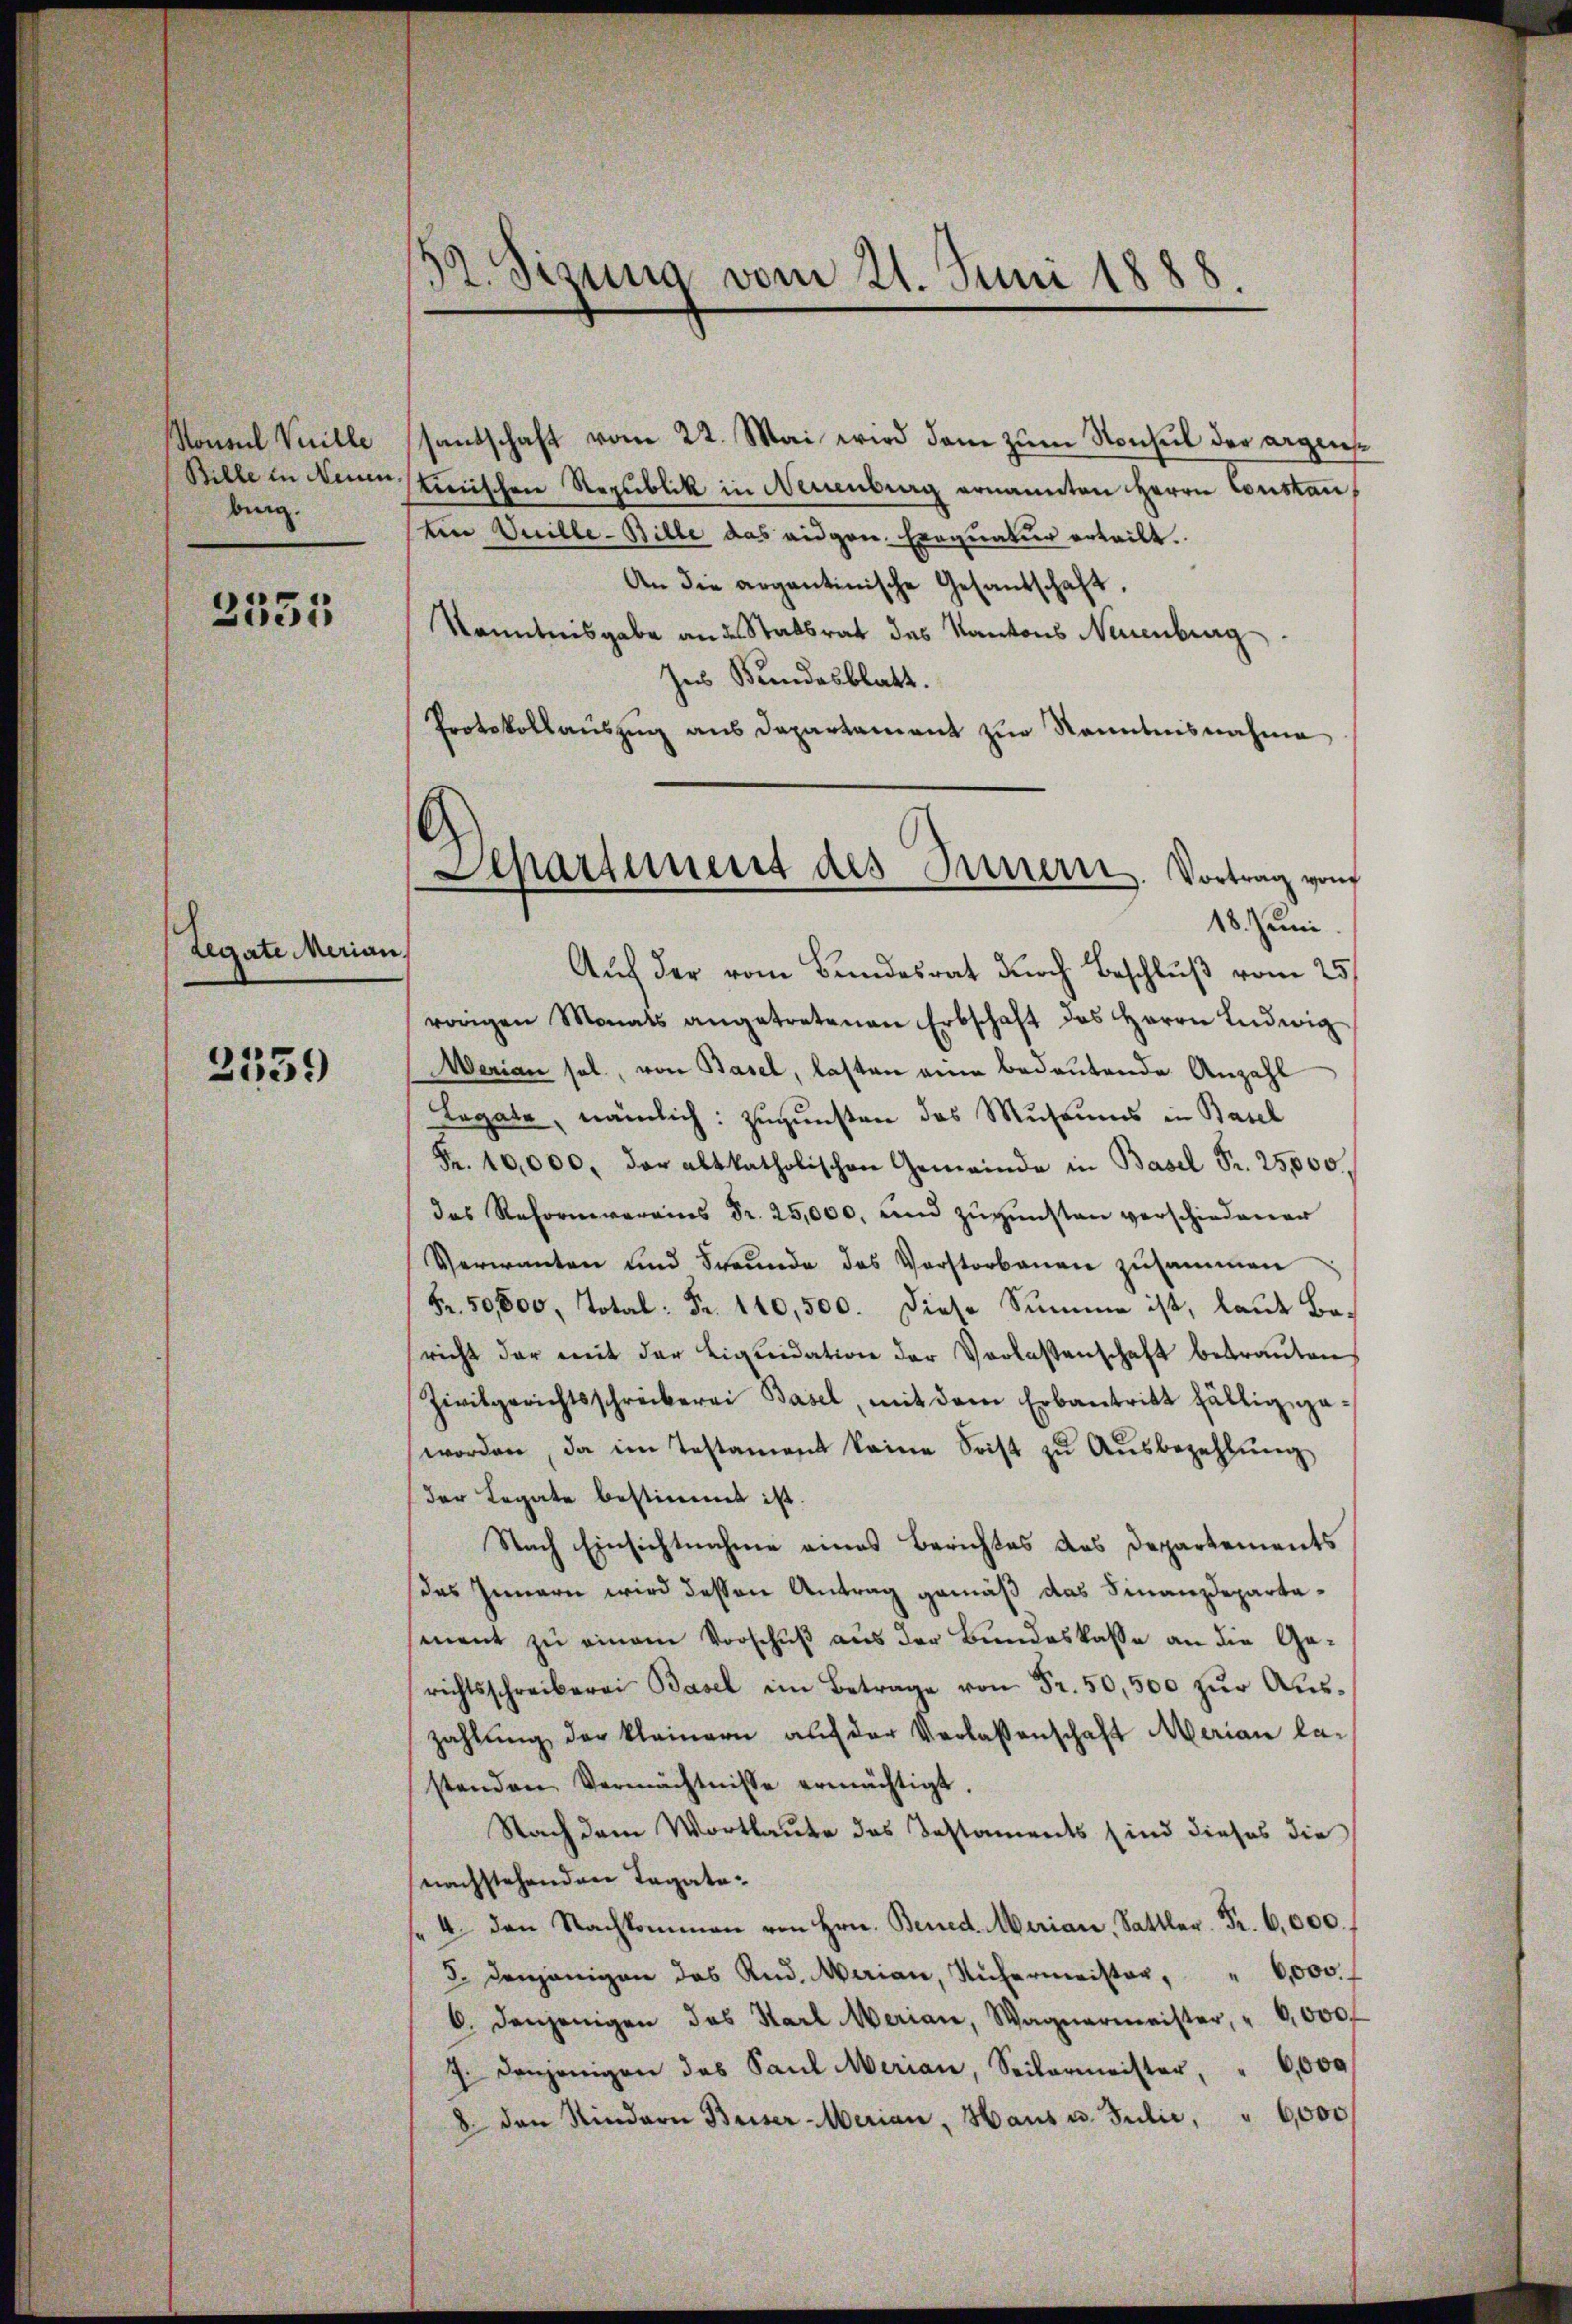
Konsul Vuille
Bille in Neuen
bung.
3333

Legate Merial

2339

d
1. Sigung vom 21. Juni 1888

santschaft vom 22. Mai wird dem zum Konsul der argensstinischen Republik in Neuenburg ernannten Herrn Constan¬
Ein Vuille-Bille das angen. Exequatur erteilt.
An die argantinische Gesandschaft,
Kenntnisgabe an des Statsrat des Kantons Neuenburg
Ins Bundesblatt.
Protokollauszug aus Departament zur Kenntnisnahme
.
Auch der vom Bundesrat durch Beschluß vom 25.
vorigen Monats angetretenen Erbschaft des Herrn Ludwig
Merian sel., von Basel, lasten eine bedeutende Anzahl
Legate, nämlich: Zugunsten das Museums in Basel
Fr. 10,000, der abtkatholischen Gemeinde in Basel Fr. 25,000.
das Reform verains Fr. 25,000. und zŭgŭnsten verschiedener
Verwanten und Freunde des Vorstorbenen zusammen
Fr. 50,000, Total: Fr. 110,500. Diese Summe ist, laut Bericht der mit der Liquidation der Verlassenschaft betraŭten
Zivilgerichtsschreiberei Basel, mit dem Erbantritt fällig geworden, da im Testament keine Soist zŭ Aŭsbezahlŭng
der Legate bestimmt ist.
Nach Einsichtnahme eines Berichtes des Departements
des Innern wird dessen Antrag gemäß das Finanzdepartasenent zu einem Vorschuß aus der Bundeskasse an die Ge-
richtsschreiberei Basel im Betrage von Fr. 50,500 zŭr Aŭs-
zahlŭng der kleinern auf der Verlassenschaft Merian la-
stenden Vermächtnisse ermächtigt.
Nach dem Wortlaute des Testaments sind dieses die
nachstehenden Tagato¬
" 4. den Nachkommen von Hrn. Bened. Marian, Sat
3. denjenigen das Rud. Marian, Rŭhermeister, " 6,000. f
b. denjenigen das Karl Merian, Wagnermeister, " 0,000 f
J. denjenigen das Paul Merian, Seitermeister, " 6,000
6,000
8. den Rindern Buser Merian, Haus u. Julić,

Aepartement des Innern. Vortrag von
18. Juni